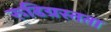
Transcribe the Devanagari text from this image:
रूढिग्रस्तता